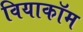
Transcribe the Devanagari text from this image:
वियाकॉम